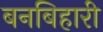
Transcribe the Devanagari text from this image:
बनबिहारी